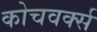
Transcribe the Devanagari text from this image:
कोचवर्क्स